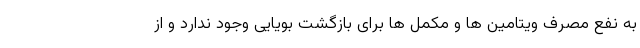
به نفع مصرف ویتامین ها و مکمل ها برای بازگشت بویایی وجود ندارد و از